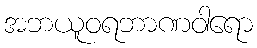
အဘယူဝရဘာဏဝါရော